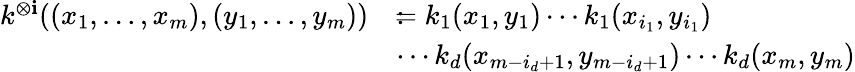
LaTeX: \begin{array}{rl}{k^{\otimes\mathbf{i}}((x_{1},\dots,x_{m}),(y_{1},\dots,y_{m}))}&{\colon\! \! \! =k_{1}(x_{1},y_{1})\cdots k_{1}(x_{i_{1}},y_{i_{1}})}\\ &{\cdots k_{d}(x_{m-i_{d}{+1}},y_{m-i_{d}{+1}})\cdots k_{d}(x_{m},y_{m})}\end{array}